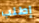
إطلب